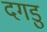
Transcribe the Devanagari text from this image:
दगडु